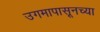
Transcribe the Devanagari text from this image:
उगमापासूनच्या